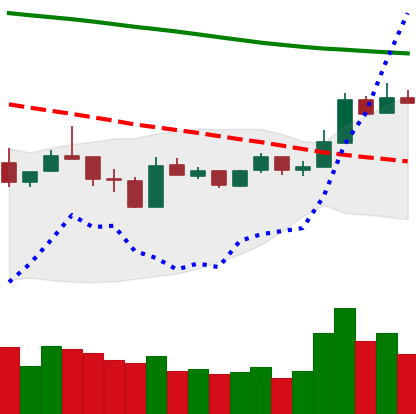
Ticker: LTC-USD
Chart end date: 2019-01-09
Forward return: -16.999%
Label: down_7plus